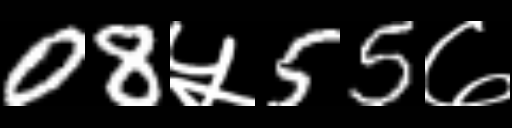
Text: 08५55७